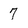
Character: 7